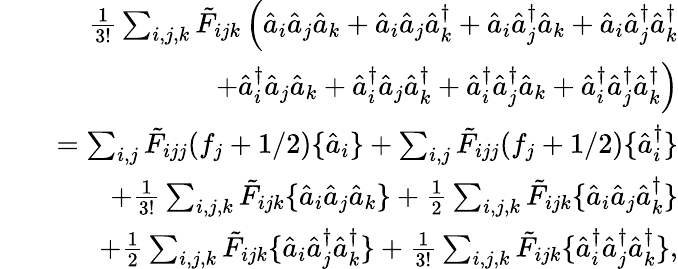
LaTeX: \begin{array}{rlr}&{}&{\frac{1}{3!}\sum_{i,j,k}\tilde{F}_{ijk}\left(\hat{a}_{i}\hat{a}_{j}\hat{a}_{k}+\hat{a}_{i}\hat{a}_{j}\hat{a}_{k}^{\dagger}+\hat{a}_{i}\hat{a}_{j}^{\dagger}\hat{a}_{k}+\hat{a}_{i}\hat{a}_{j}^{\dagger}\hat{a}_{k}^{\dagger}\right.}\\ &{}&{\left.+\hat{a}_{i}^{\dagger}\hat{a}_{j}\hat{a}_{k}+\hat{a}_{i}^{\dagger}\hat{a}_{j}\hat{a}_{k}^{\dagger}+\hat{a}_{i}^{\dagger}\hat{a}_{j}^{\dagger}\hat{a}_{k}+\hat{a}_{i}^{\dagger}\hat{a}_{j}^{\dagger}\hat{a}_{k}^{\dagger}\right)}\\ &{}&{=\sum_{i,j}\tilde{F}_{ijj}(f_{j}+1/2)\{ \hat{a}_{i}\} +\sum_{i,j}\tilde{F}_{ijj}(f_{j}+1/2)\{ \hat{a}_{i}^{\dagger}\} }\\ &{}&{+\frac{1}{3!}\sum_{i,j,k}\tilde{F}_{ijk}\{ \hat{a}_{i}\hat{a}_{j}\hat{a}_{k}\} +\frac{1}{2}\sum_{i,j,k}\tilde{F}_{ijk}\{ \hat{a}_{i}\hat{a}_{j}\hat{a}_{k}^{\dagger}\} }\\ &{}&{+\frac{1}{2}\sum_{i,j,k}\tilde{F}_{ijk}\{ \hat{a}_{i}\hat{a}_{j}^{\dagger}\hat{a}_{k}^{\dagger}\} +\frac{1}{3!}\sum_{i,j,k}\tilde{F}_{ijk}\{ \hat{a}_{i}^{\dagger}\hat{a}_{j}^{\dagger}\hat{a}_{k}^{\dagger}\} ,}\end{array}